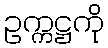
ဥက္ကဋ္ဌကို